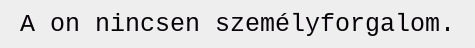
A on nincsen személyforgalom.